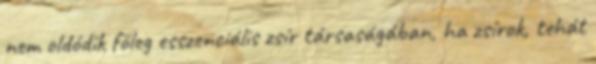
nem oldódik főleg esszenciális zsír társaságában, ha zsírok, tehát